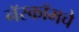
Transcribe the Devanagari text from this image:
नॅस्कॉमचे